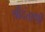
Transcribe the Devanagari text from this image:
श्रीदंताणी